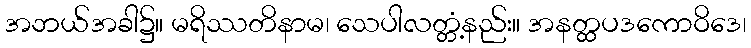
အဘယ်အခါ၌။ မရိဿတိနာမ၊ သေပါလတ္တံ့နည်း။ အနတ္ထပဒကောဝိဒေ၊